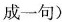
成一句)